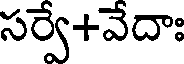
సర్వే+వేదాః